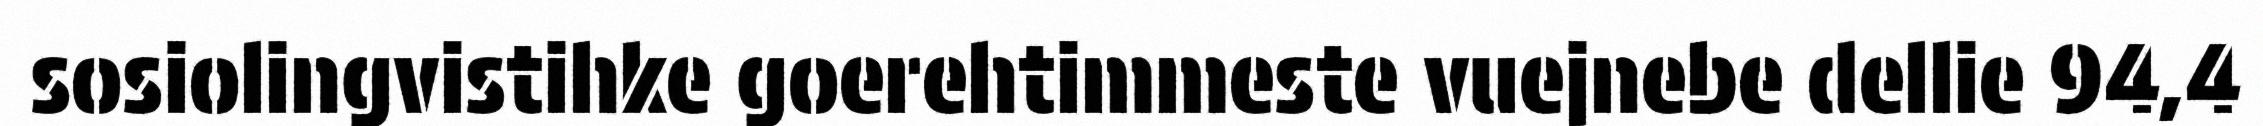
sosiolingvistihke goerehtimmeste vuejnebe dellie 94,4